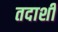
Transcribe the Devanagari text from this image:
तदाशी